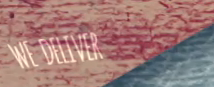
WE DELIVER